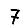
Digit: 7